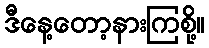
ဒီနေ့တော့နားကြစို့။